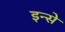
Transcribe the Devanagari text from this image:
इन्से